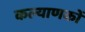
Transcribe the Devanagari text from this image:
कल्याणकों